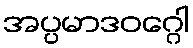
အပ္ပမာဒဝဂ္ဂေါ